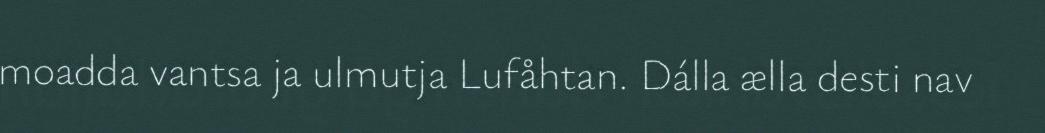
moadda vantsa ja ulmutja Lufåhtan. Dálla ælla desti nav